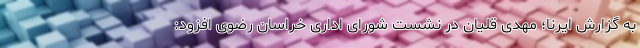
به گزارش ایرنا؛ مهدی قلیان در نشست شورای اداری خراسان رضوی افزود: